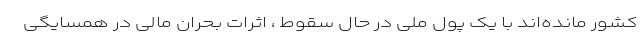
کشور مانده‌اند با یک پول ملی در حال سقوط ، اثرات بحران مالی در همسایگی